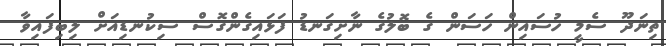
ތިނަދޫ ސެމީ ހުސައިން ހަސަން ގެ ބޮލުގެ ނާށިގަނޑު ފަޅައިގެންގޮސް ސިކުނޑިއަށް ލިބިފައިވާ